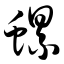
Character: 螺